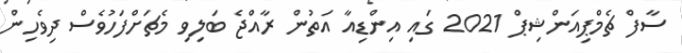
ސާފް ޗެމްޕިއަންޝިޕް 2021 ގައި އިންޑިއާ އަތުން ރާއްޖެ ބަލިވި މެޗަށްފަހުވެސް ދިވެހިން